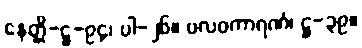
နေတ္တိ-ဋ္ဌ-၉၄၊ ပါ-၂၆။ ဗလဝကာရဏံ၊ ဋ္ဌ-၃၉။